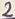
Text: 2